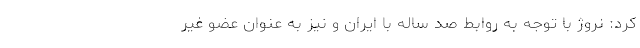
کرد: نروژ با توجه به روابط صد ساله با ایران و نیز به عنوان عضو غیر